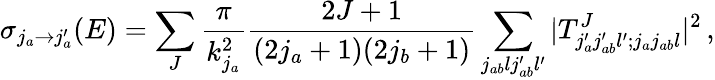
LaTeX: \sigma_{j_{a}\rightarrow j_{a}^{\prime}}(E)=\sum_{J}\frac{\pi}{k_{j_{a}}^{2}}\frac{2J+1}{(2j_{a}+1)(2j_{b}+1)}\sum_{j_{ab}lj_{ab}^{\prime}l^{\prime}}|T_{j_{a}^{\prime}j_{ab}^{\prime}l^{\prime};j_{a}j_{ab}l}^{J}|^{2}\, ,